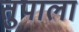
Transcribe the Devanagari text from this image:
तुपाला